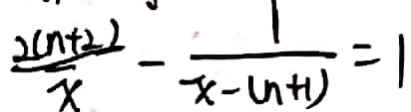
\frac { 2 ( n + 2 ) } { x } - \frac { 1 } { x - ( n + 1 ) } = 1